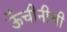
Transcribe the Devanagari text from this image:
ऊँचीनीची